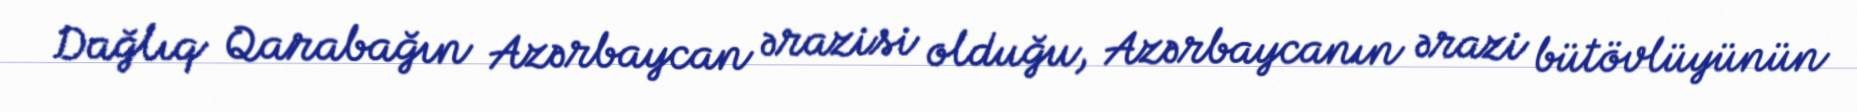
Dağlıq Qarabağın Azərbaycan ərazisi olduğu, Azərbaycanın ərazi bütövlüyünün